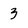
Character: 3